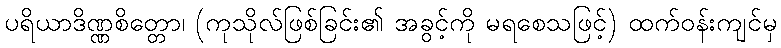
ပရိယာဒိဏ္ဏစိတ္တော၊ (ကုသိုလ်ဖြစ်ခြင်း၏ အခွင့်ကို မရစေသဖြင့်) ထက်ဝန်းကျင်မှ